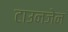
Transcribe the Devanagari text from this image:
टाउनजेन